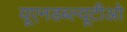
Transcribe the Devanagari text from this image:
यूएनडब्ल्यूटीओ